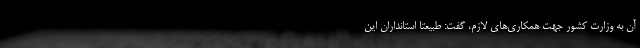
آن به وزارت کشور جهت همکاری‌های لازم، گفت: طبیعتا استانداران این